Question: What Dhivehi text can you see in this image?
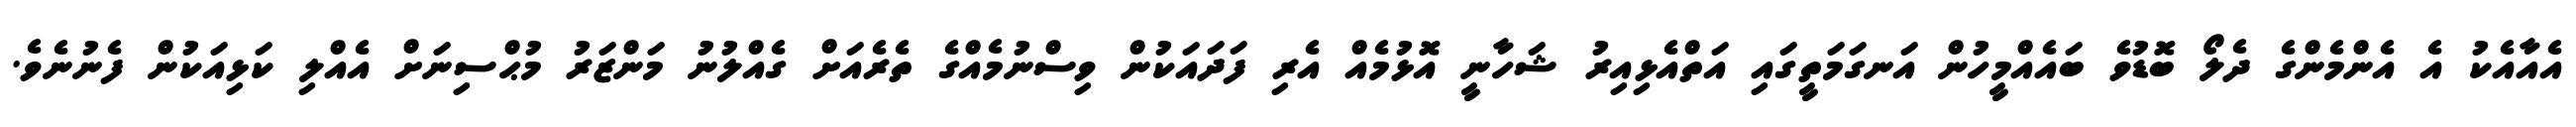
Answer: އެއާއެކު އެ އެންމެންގެ ދެލޯ ބޮޑުވެ ބައެއްމީހުން އަނގަމަތީގައި އަތްއެޅިއިރު ޝަހާނީ އޮޅުމެއް އެރި ފަދައަކުން ވިސްނުމެއްގެ ތެރެއަށް ގެއްލުނު މަންޒަރު މުޙްސިނަށް އެއްލި ކަޅިއަކުން ފެނުނެވެ.